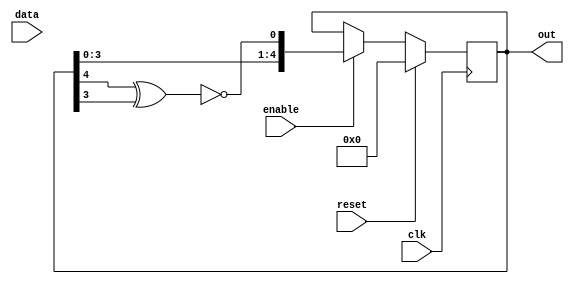
module linearshift (
    input clk , // clock input
    input [4:0]data , // 8 bit data  
    input reset , // reset input
    input enable, // Enable for counter
    output [4:0]out  // Output of the counter
);

    reg [4:0] out;
    wire linear_feedback;

    assign linear_feedback = !(out[4] ^ out[3]);

    always @(posedge clk)
        begin
            if (reset) 
                begin
                    out <= 5'b0;
                end
            else if(enable) 
                begin
                    out <= {out[4], out[3], out[2],out[1],out[0],linear_feedback};
                end                              
    end

endmodule